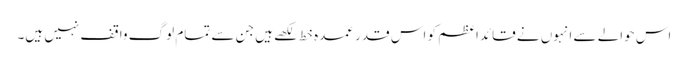
اس حوالے سے انہوں نے قائداعظم کو اس قدر عمدہ خط لکھے ہیں جن سے تمام لوگ واقف نہیں ہیں۔